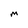
Character: M